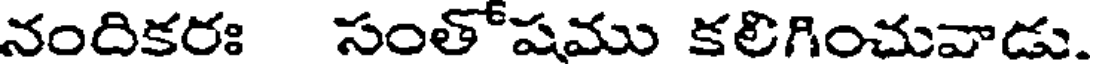
నందికరః సంతోషము కలిగించువాడు.